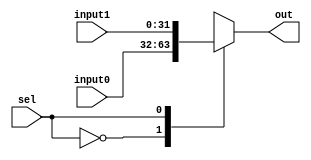
// Reused code from Coleman and Paige's Lab 4

module mux
#(
	parameter data_width = 32
)
(
output[data_width-1:0]  out,
input         sel,
input[data_width-1:0]   input0, input1
);

  wire[data_width-1:0] mux[1:0];			// Create a 2D array of wires
  assign mux[0]  = input0;		// Connect the sources of the array
  assign mux[1]  = input1;
  assign out = mux[sel];	// Connect the output of the array
endmodule